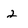
Character: 2